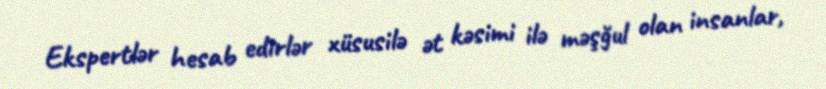
Ekspertlər hesab edirlər xüsusilə ət kəsimi ilə məşğul olan insanlar,